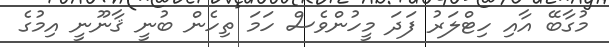
މުގާބޭ އާއި ހިޓްލަރު ފަދަ މީހުންވެސް ހަމަ ތިހެން ބުނީ ޤާނޫނީ އިމުގެ